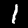
Digit: 1